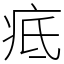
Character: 疷